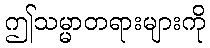
ဤသမ္မာတရားများကို